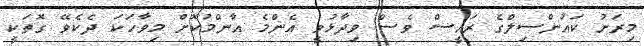
މިރަށު ކައުންސިލްގެ ރައީސް ވެސް ވިދާޅުވީ އެންމެ އާންމުކޮށް މިވާހަކަ ދެކެވޭ ގޮތަކީ